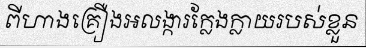
ពីហាងគ្រឿងអលង្ការក្លែងក្លាយរបស់ខ្លួន